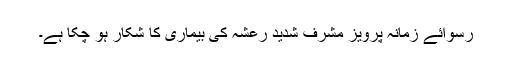
رسوائے زمانہ پرویز مشرف شدید رعشہ کی بیماری کا شکار ہو چکا ہے۔